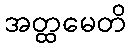
အတ္ထမေတိ